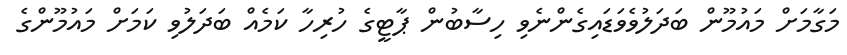
މަގާމަށް މައުމޫން ބަދަލުވެވަޑައިގެންނެވި ހިސާބުން ޕާޓީގެ ހުރިހާ ކަމެއް ބަދަލުވި ކަމަށް މައުމޫންގެ